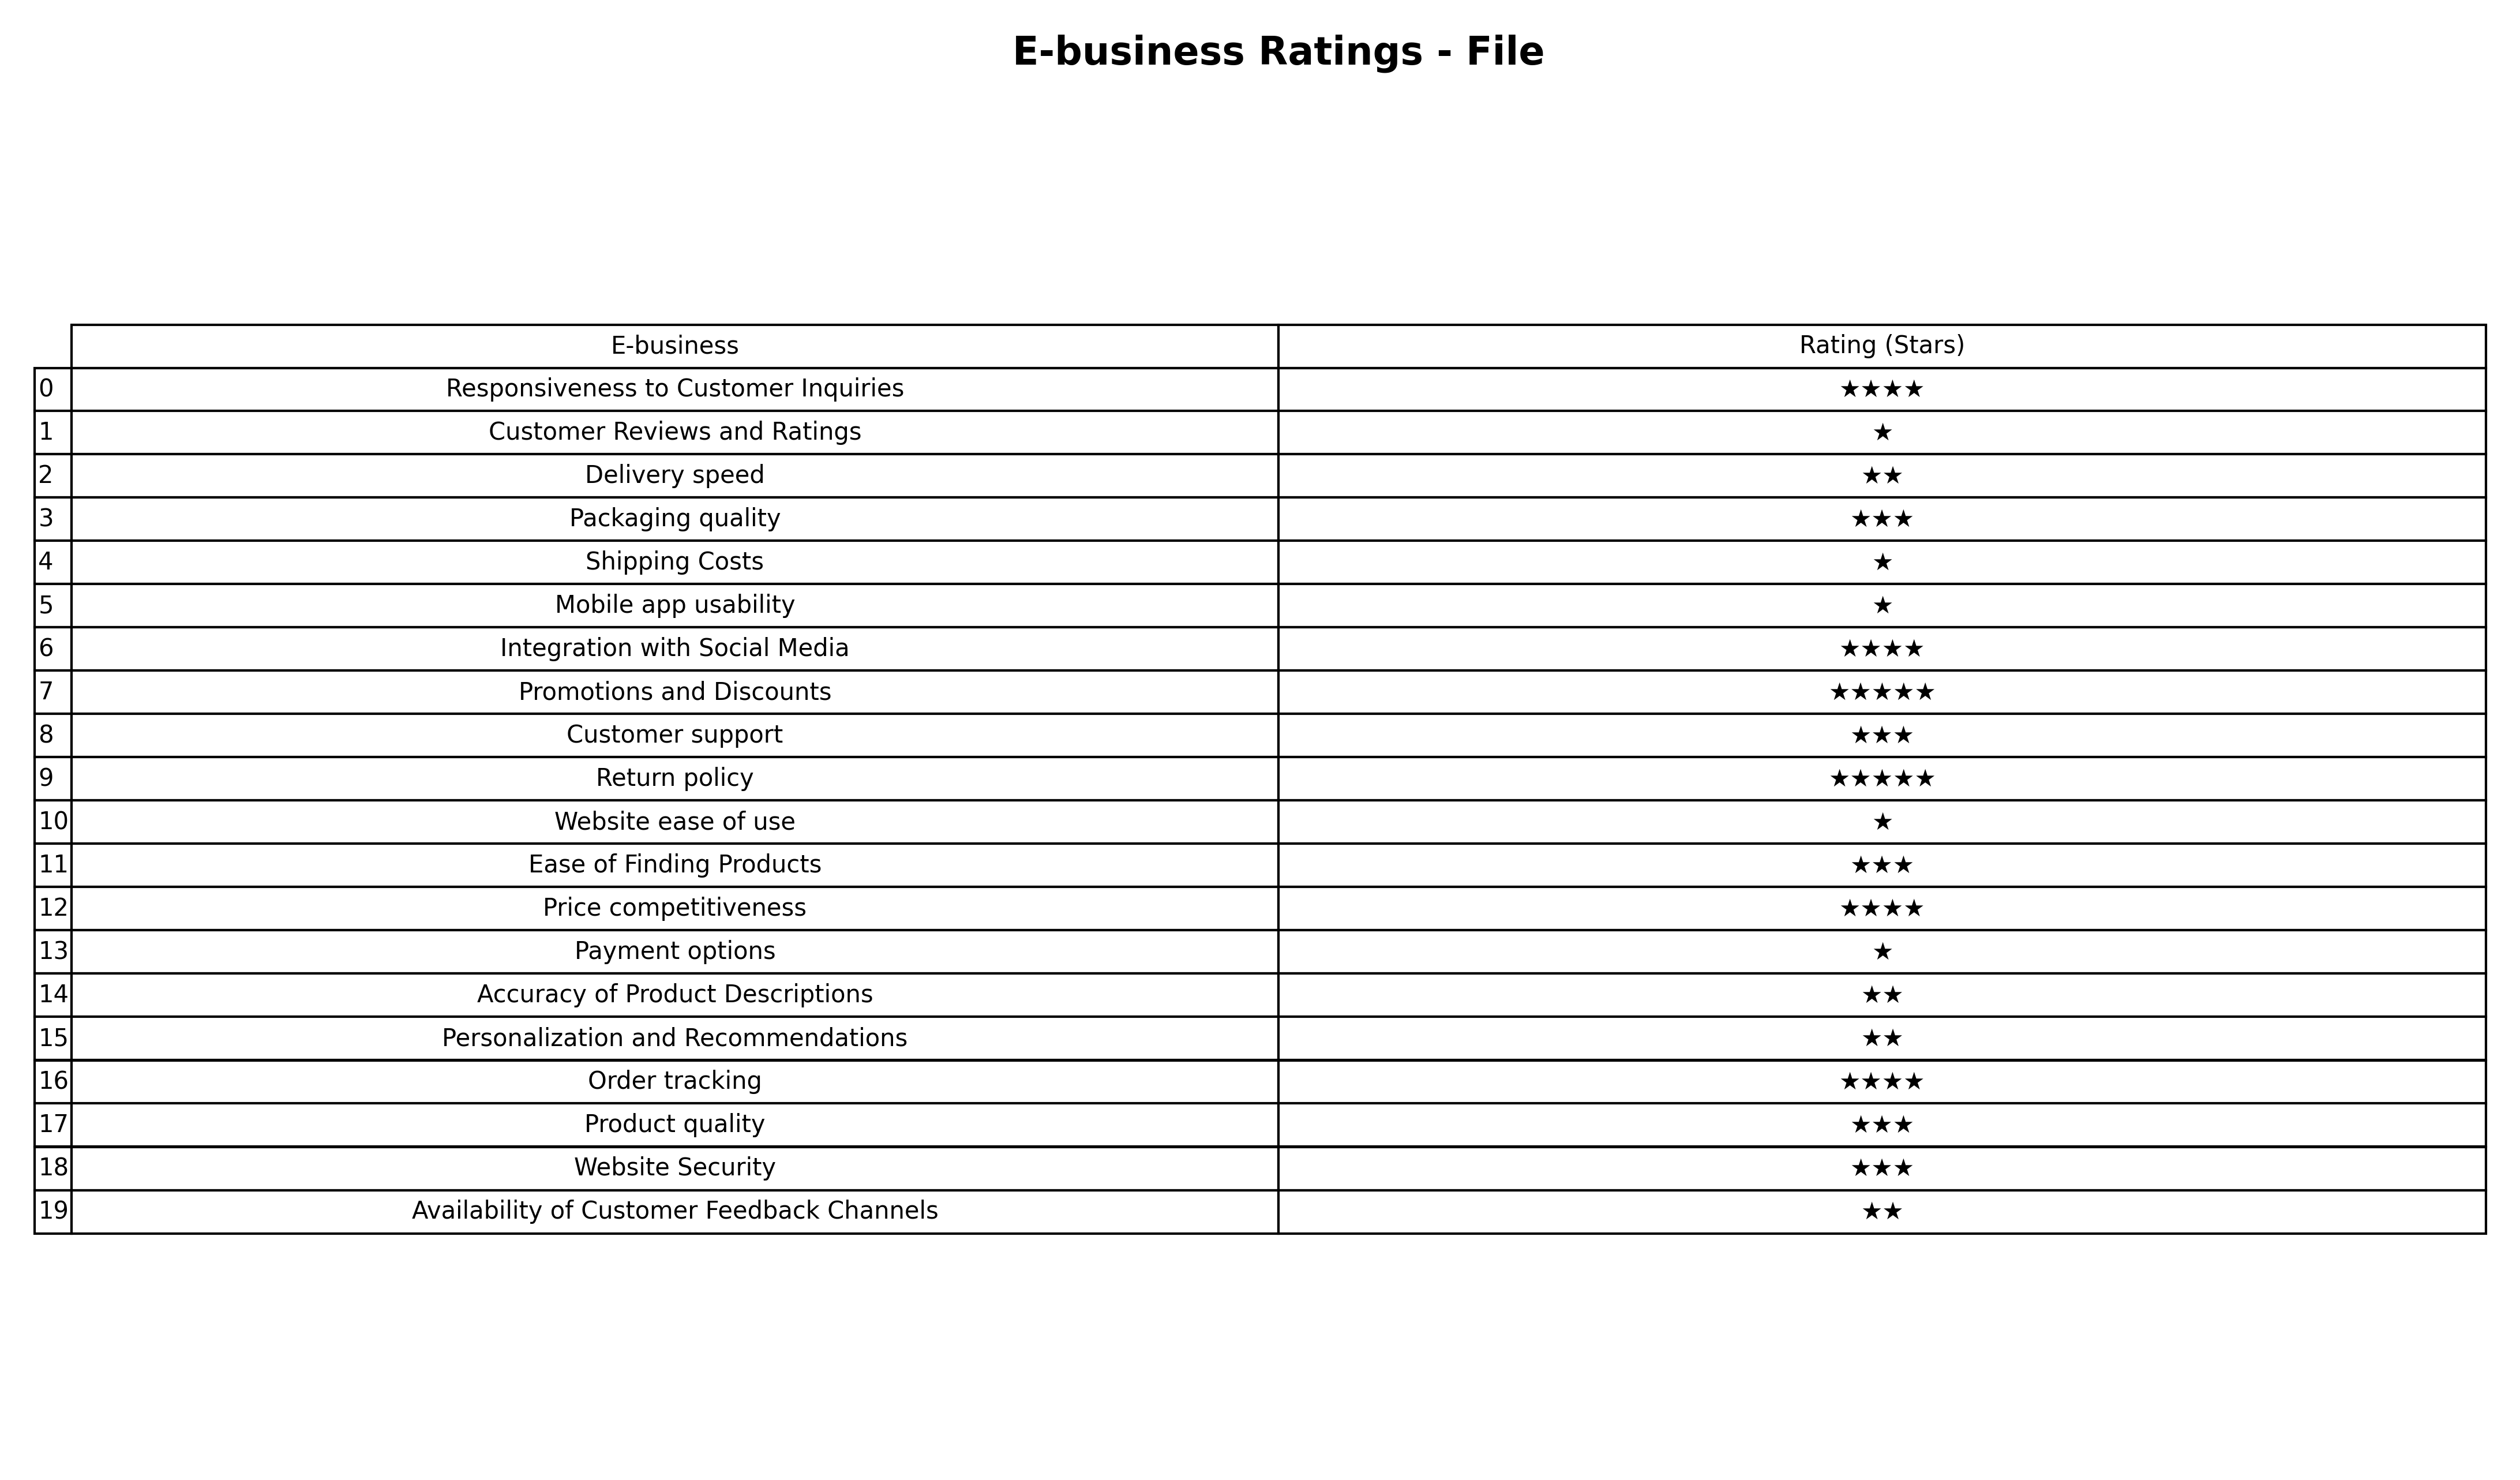
question: What are one star services?
answer: Customer Reviews and RatingsShipping CostsMobile app usabilityWebsite ease of usePayment options